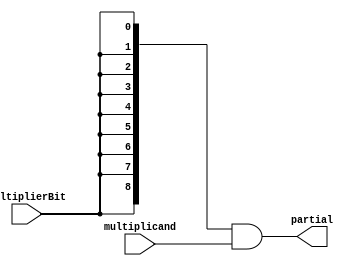

module partialProduct(multiplicand, multiplierBit, partial);

    parameter n=5; // number of bits in operator
    parameter index = 0; //index into the multiplier; <= n

    input [n-1:0] multiplicand;
    input multiplierBit;

    output [2*n-2:0] partial;  // (2n-1)-bit partial product

    assign partial = {(2*n-1){multiplierBit}} & ((multiplicand << index) >>> index);

endmodule